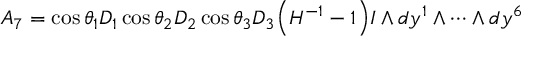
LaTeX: A _ { 7 } = \cos \theta _ { 1 } D _ { 1 } \cos \theta _ { 2 } D _ { 2 } \cos \theta _ { 3 } D _ { 3 } \Big ( H ^ { - 1 } - 1 \Big ) I \wedge d y ^ { 1 } \wedge \cdots \wedge d y ^ { 6 }